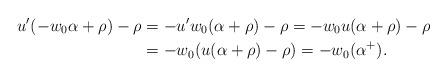
LaTeX: \begin{align*}u'(-w_0 \alpha + \rho) - \rho &= -u'w_0(\alpha + \rho) - \rho= -w_0 u(\alpha + \rho) - \rho\\&= -w_0( u (\alpha + \rho) - \rho) = -w_0 (\alpha^+).\end{align*}